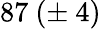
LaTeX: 87\ (\pm\ 4)